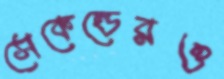
সেকেন্ডেরও